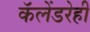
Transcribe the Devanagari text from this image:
कॅलेंडरेही